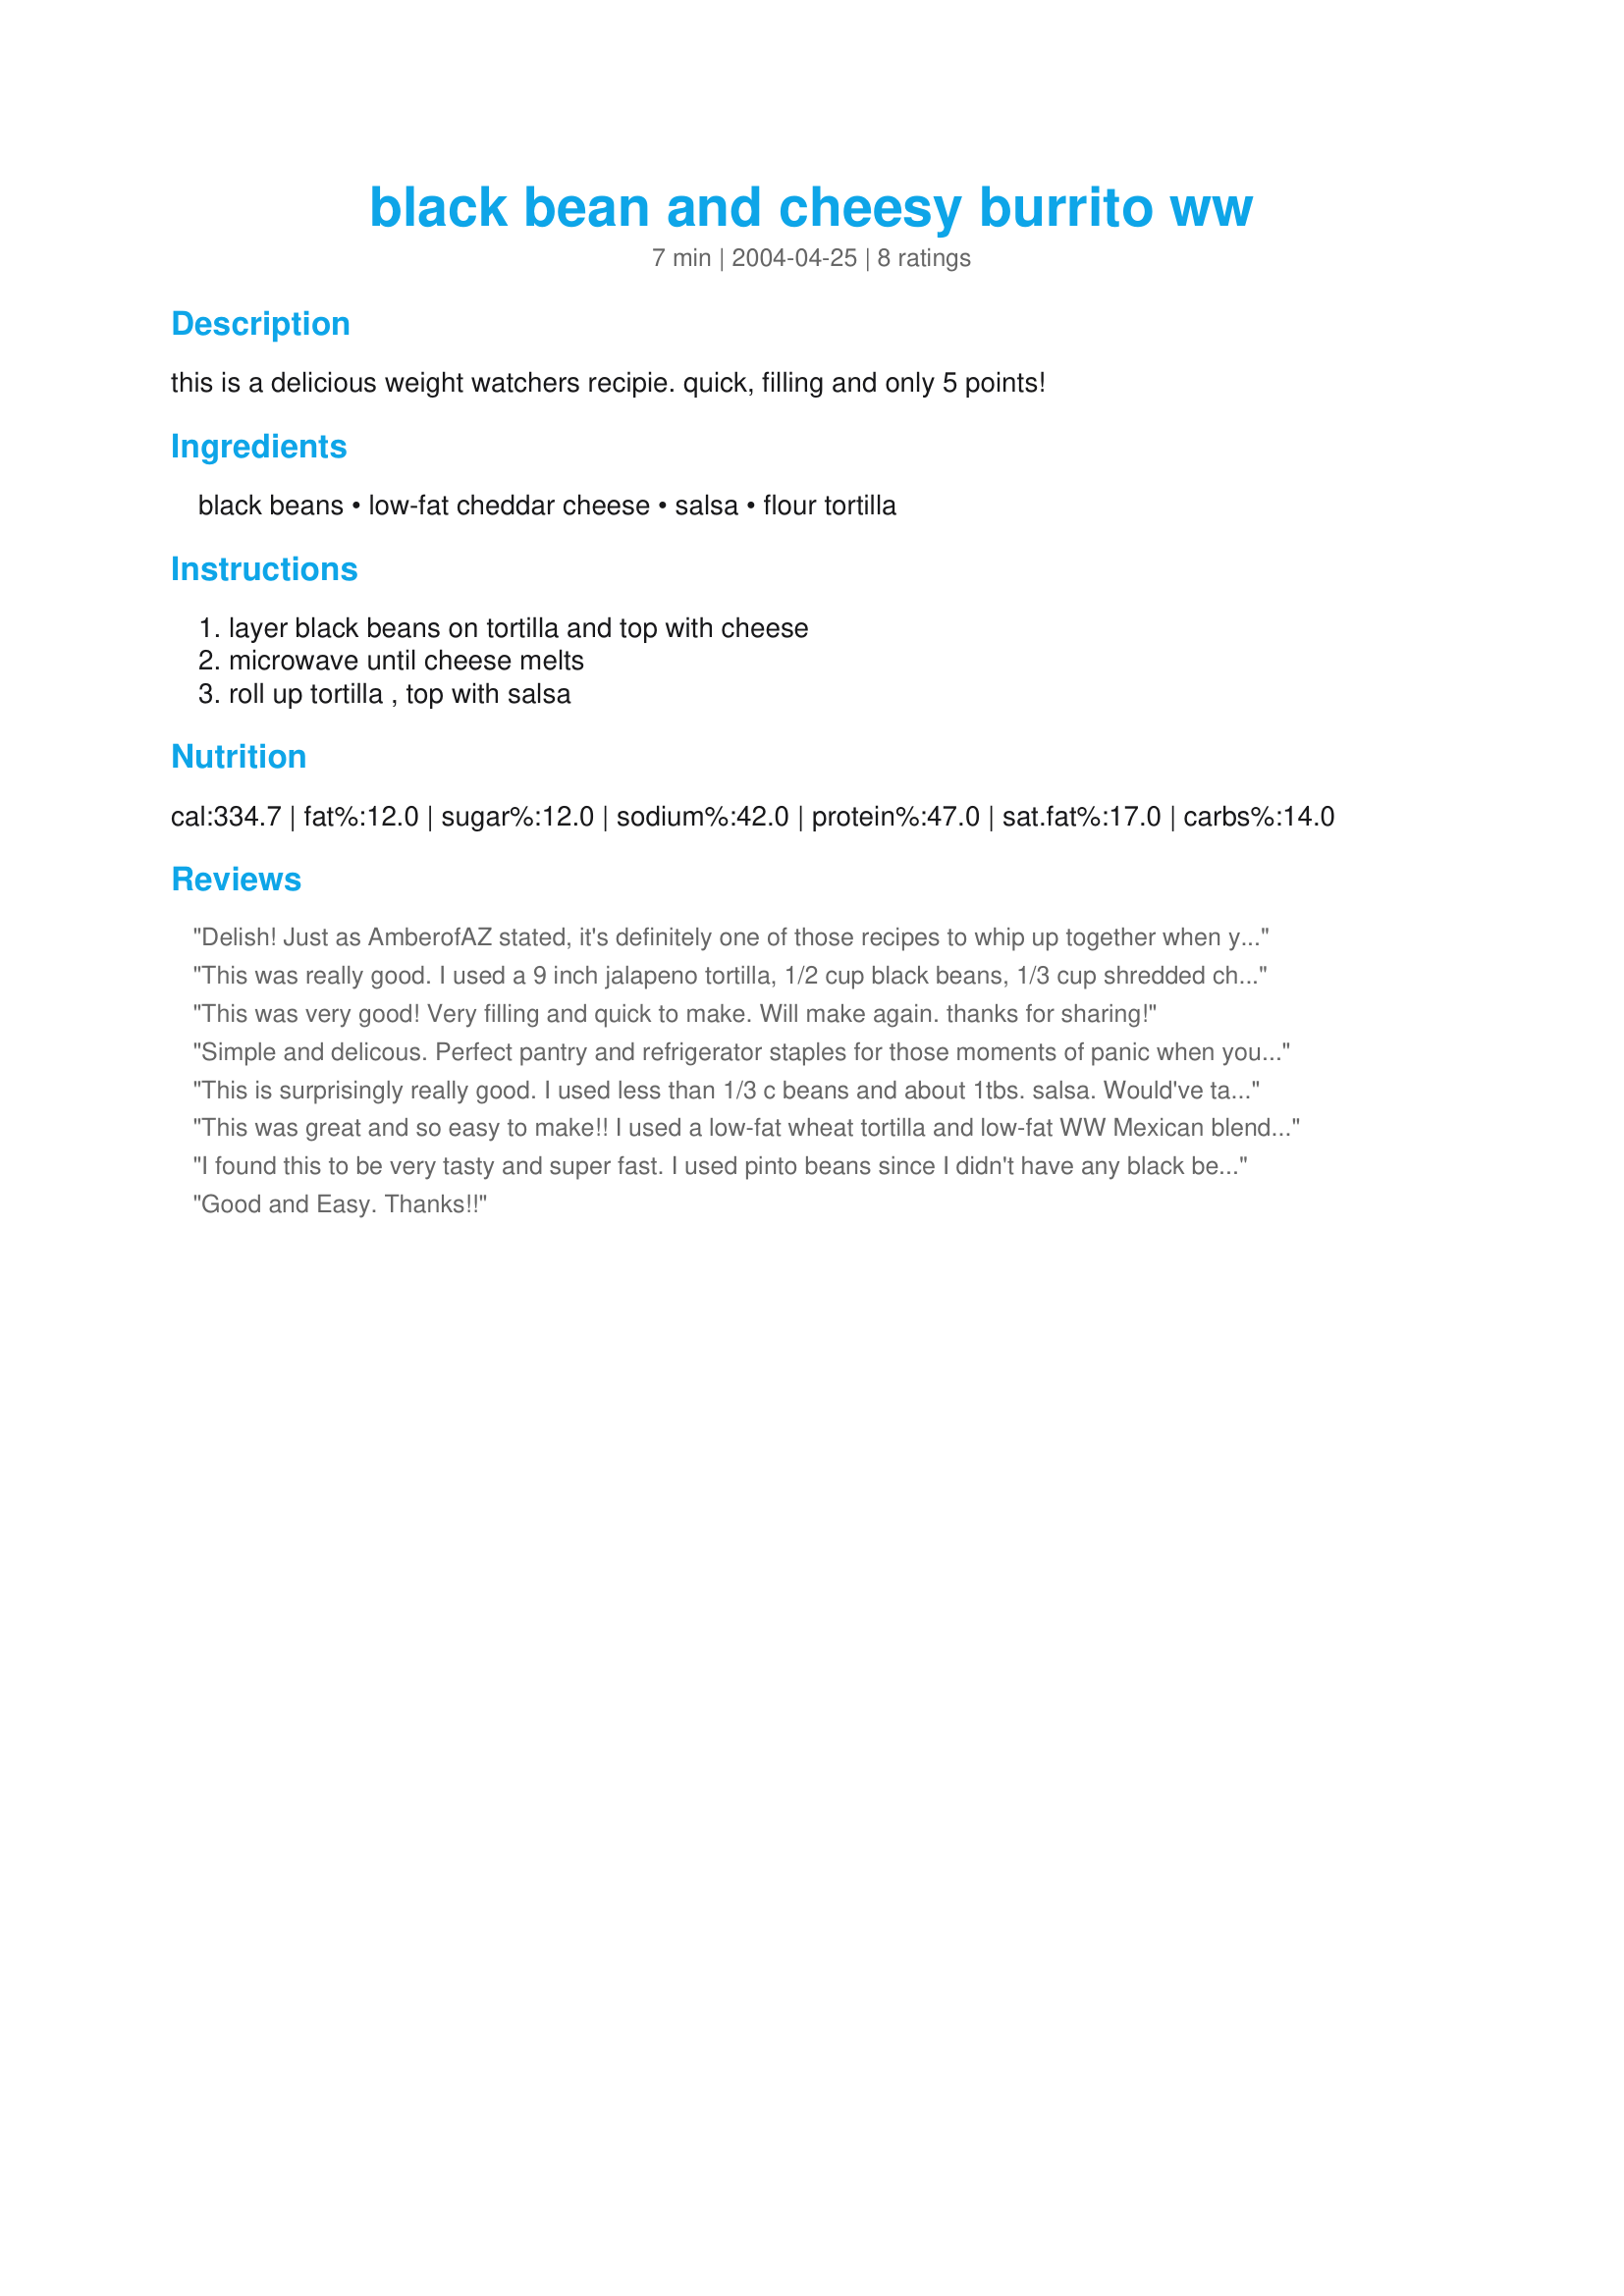
black bean and cheesy burrito ww
Preparation time: 7 minutes

this is a delicious weight watchers recipie. quick, filling and only 5 points!

Ingredients:
black beans, low-fat cheddar cheese, salsa, flour tortilla

Steps:
layer black beans on tortilla and top with cheese, microwave until cheese melts, roll up tortilla , top with salsa

Reviews:
Delish! Just as AmberofAZ stated, it's definitely one of those recipes to whip up together when you're starving and in a hurry. I'm Vegan so I used Veggie Shreds (vegan mozzarella cheese).
This was really good. I used a 9 inch jalapeno tortilla, 1/2 cup black beans, 1/3 cup shredded cheddar, and hot extra-chunky salsa. It was so easy to make and really hit the spot. Will definitely make this again, thanks!
This was very good! Very filling and quick to make. Will make again. thanks for sharing!
Simple and delicous. Perfect pantry and refrigerator staples for those moments of panic when you are so hungry and fustrated you don't know what to eat. Also, this makes a very fine and filling breakfast. I used wheat tortillas and I fould the flavors to mingle very well. This is a very mild recipe as far as mexican recipes go, but also very yummy in a pinch.
This is surprisingly really good. I used less than 1/3 c beans and about 1tbs. salsa. Would've tasted great w/ sour cream as well! Make sure your beans are cooked all the way, a couple of mine were a little too firm.
This was great and so easy to make!! I used a low-fat wheat tortilla and low-fat WW Mexican blend cheese, but no salsa as I forgot to bring any. I made these at work for lunch and they were a snap to make and tasted great...made a nice change from my regular frozen meals! Thanks for sharing...I will be using this recipe a LOT!!
I found this to be very tasty and super fast. I used pinto beans since I didn't have any black beans.
Good and Easy. Thanks!!
